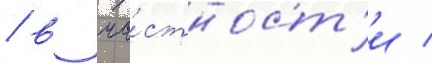
/ в ча́стност'и /